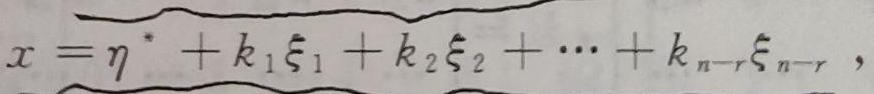
$x=\widetilde{\eta^{*}+k_{1}\xi_{1}+k_{2}\xi_{2}+\cdots +k_{n - r}\xi_{n - r}},$